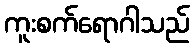
ကူးစက်ရောဂါသည်